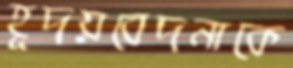
হূদয়বেদনাকে